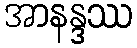
အာနန္ဒဿ